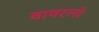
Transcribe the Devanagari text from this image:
वावरलो